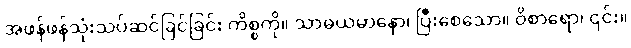
အဖန်ဖန်သုံးသပ်ဆင်ခြင်ခြင်း ကိစ္စကို။ သာဓယမာနော၊ ပြီးစေသော။ ဝိစာရော၊ ၎င်း။